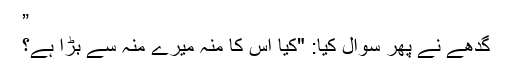
”
گدھے نے پھر سوال کیا: "کیا اس کا منہ میرے منہ سے بڑا ہے؟